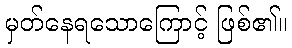
မှတ်နေရသောကြောင့် ဖြစ်၏။